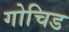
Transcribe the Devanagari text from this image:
गोचिड